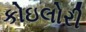
કોઇલોરી